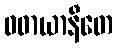
ဝဓာယာနီတေ